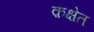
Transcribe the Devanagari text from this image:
क़क्षेत